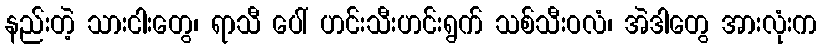
နည်းတဲ့ သားငါးတွေ၊ ရာသီ ပေါ် ဟင်းသီးဟင်းရွက် သစ်သီးဝလံ၊ အဲဒါတွေ အားလုံးက